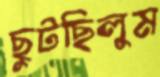
ছুটছিলুম